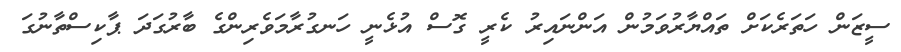
ސީޒަން ހަތަރެކަށް ތައްޔާރުވަމުން އަންނައިރު ކެރީ ގޮސް އުޅެނީ ހަނގުރާމަވެރިންގެ ބާރުގަދަ ޕާކިސްތާނުގަ